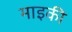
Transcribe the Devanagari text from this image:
माइकी